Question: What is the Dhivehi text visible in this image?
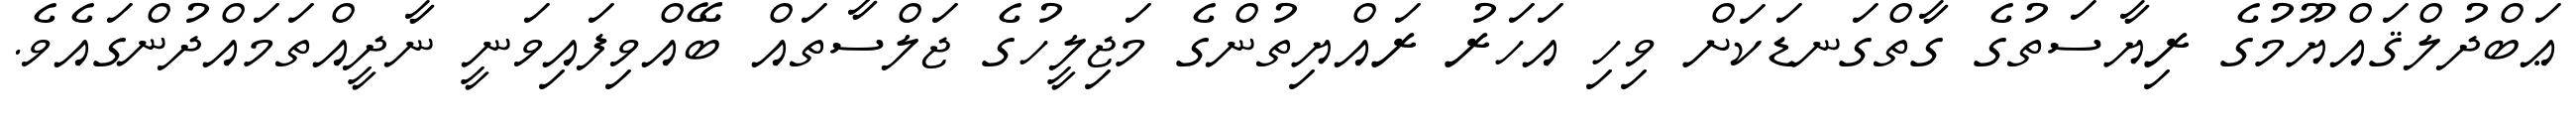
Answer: ޢަބްދުލްޤައްޔޫމުގެ ރިޔާސަތުގެ ގާތްގަނޑަކަށް ވިހި އަހަރު ރައްޔިތުންގެ މަޖިލީހުގެ ޖަލްސާތައް ބޭއްވިފައިވަނީ ނާދީއްތަމައްދުންގައެވެ.